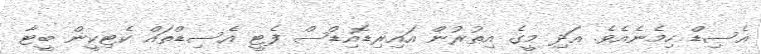
އެސިޑް ހިމެނެއެވެ. އަދި މީގެ އިތުރުން އައިރިޑޮއިޑްސް ފެޓީ އެސިޑްތައް ކެޓިކީން ބީޓާ